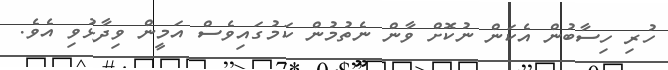
ހުރި ހިސާބުން އެކަން ނުކޮށް ވާން ނެތުމުން ކަމުގައިވެސް އަމީން ވިދާޅުވި އެވެ.